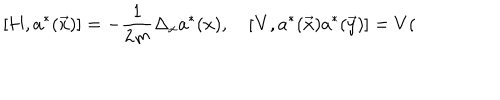
\left[ \mathbf { H } , a ^ { * } ( \vec { x } ) \right] = - \frac { 1 } { 2 m } \Delta _ { x } a ^ { * } ( x ) , \quad \left[ \mathbf { V } , a ^ { * } ( \vec { x } ) a ^ { * } ( \vec { y } ) \right] = V (